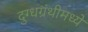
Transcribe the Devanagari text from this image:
दुग्धग्रंथीमध्ये